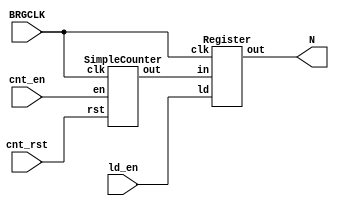
module DataPath (input BRGCLK, cnt_en, cnt_rst, ld_en, output [7 : 0]N);
	wire [7 : 0] cnt_output;

	SimpleCounter counter(BRGCLK, cnt_en, cnt_rst, cnt_output);
	Register register(BRGCLK, ld_en, cnt_output, N);
endmodule

module SimpleCounter(input clk, en, rst, output reg [7 : 0]out);
	always @(posedge clk, posedge rst)
	begin
		if (rst)
			out <= 0;
		else if (en)
			out <= out + 1;
	end
endmodule

module Register(input clk, ld, input [7 : 0]in, output reg [7 : 0] out);
	always @(posedge clk)
	begin
		if (ld)
			out <= in;
	end
endmodule